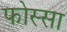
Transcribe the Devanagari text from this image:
फोस्सा